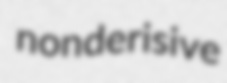
nonderisive